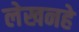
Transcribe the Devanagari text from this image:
लेखनहे